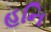
હનિ